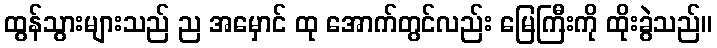
ထွန်သွားများသည် ည အမှောင် ထု အောက်တွင်လည်း မြေကြီးကို ထိုးခွဲသည်။